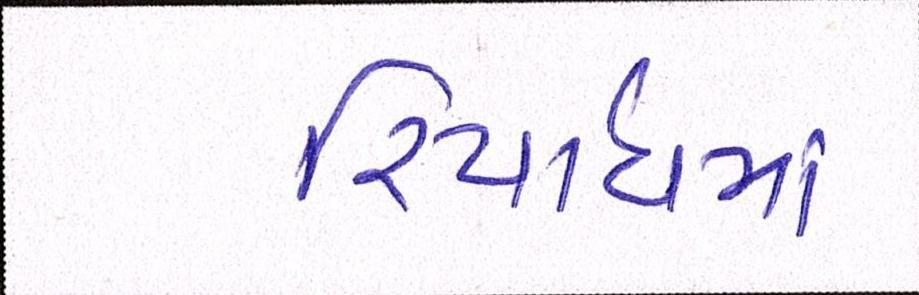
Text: રિયાધમાં